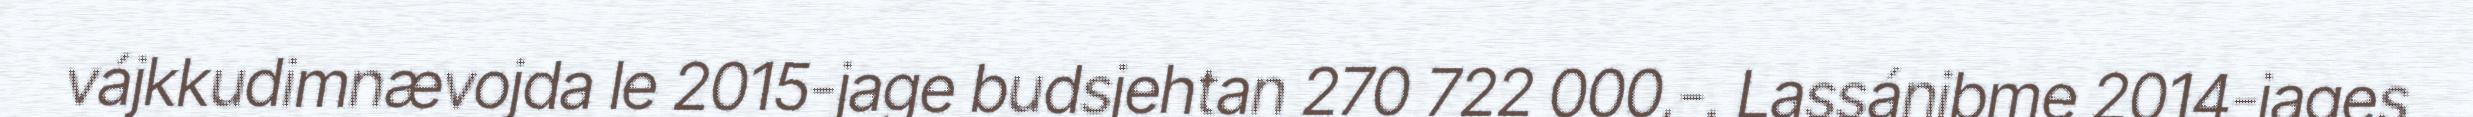
vájkkudimnævojda le 2015-jage budsjehtan 270 722 000,-. Lassánibme 2014-jages